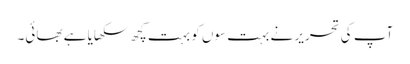
آپ کی تحریر نے بہت سوں کو بہت کچھ سکھایا ہے بھائی۔